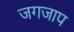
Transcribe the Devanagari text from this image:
जगजाप